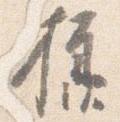
様